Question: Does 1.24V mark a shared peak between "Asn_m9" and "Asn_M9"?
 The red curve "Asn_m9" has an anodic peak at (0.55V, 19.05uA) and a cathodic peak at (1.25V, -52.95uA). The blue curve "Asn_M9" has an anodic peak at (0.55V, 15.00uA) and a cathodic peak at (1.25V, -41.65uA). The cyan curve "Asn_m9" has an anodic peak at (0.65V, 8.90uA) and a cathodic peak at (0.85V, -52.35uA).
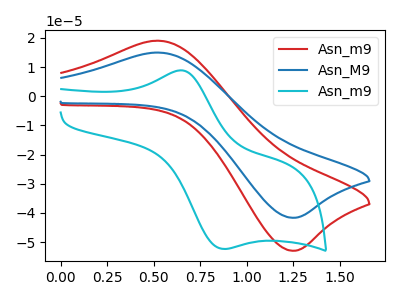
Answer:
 <answer>Yes, "Asn_m9" and "Asn_M9" share a peak at 1.24V.</answer>
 <eval>match</eval>